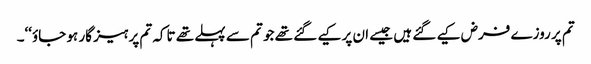
تم پر روزے فرض کیے گئے ہیں جیسے ان پر کیے گئے تھے جو تم سے پہلے تھے تاکہ تم پرہیز گار ہو جاؤ‘‘۔